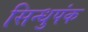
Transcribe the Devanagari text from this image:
सिन्धुपंक